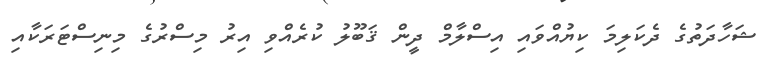
ޝަހާދަތުގެ ދެކަލިމަ ކިޔުއްވައި އިސްލާމް ދީން ޤަބޫލު ކުރެއްވި އިރު މިސްރުގެ މިނިސްޓަރަކާއި